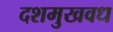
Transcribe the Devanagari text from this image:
दशमुखवध